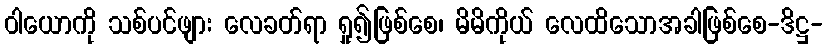
ဝါယောကို သစ်ပင်ဖျား လေခတ်ရာ ရှု၍ဖြစ်စေ၊ မိမိကိုယ် လေထိသောအခါဖြစ်စေ-ဒိဋ္ဌ-